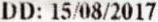
DD: 15/08/2017